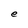
Character: e